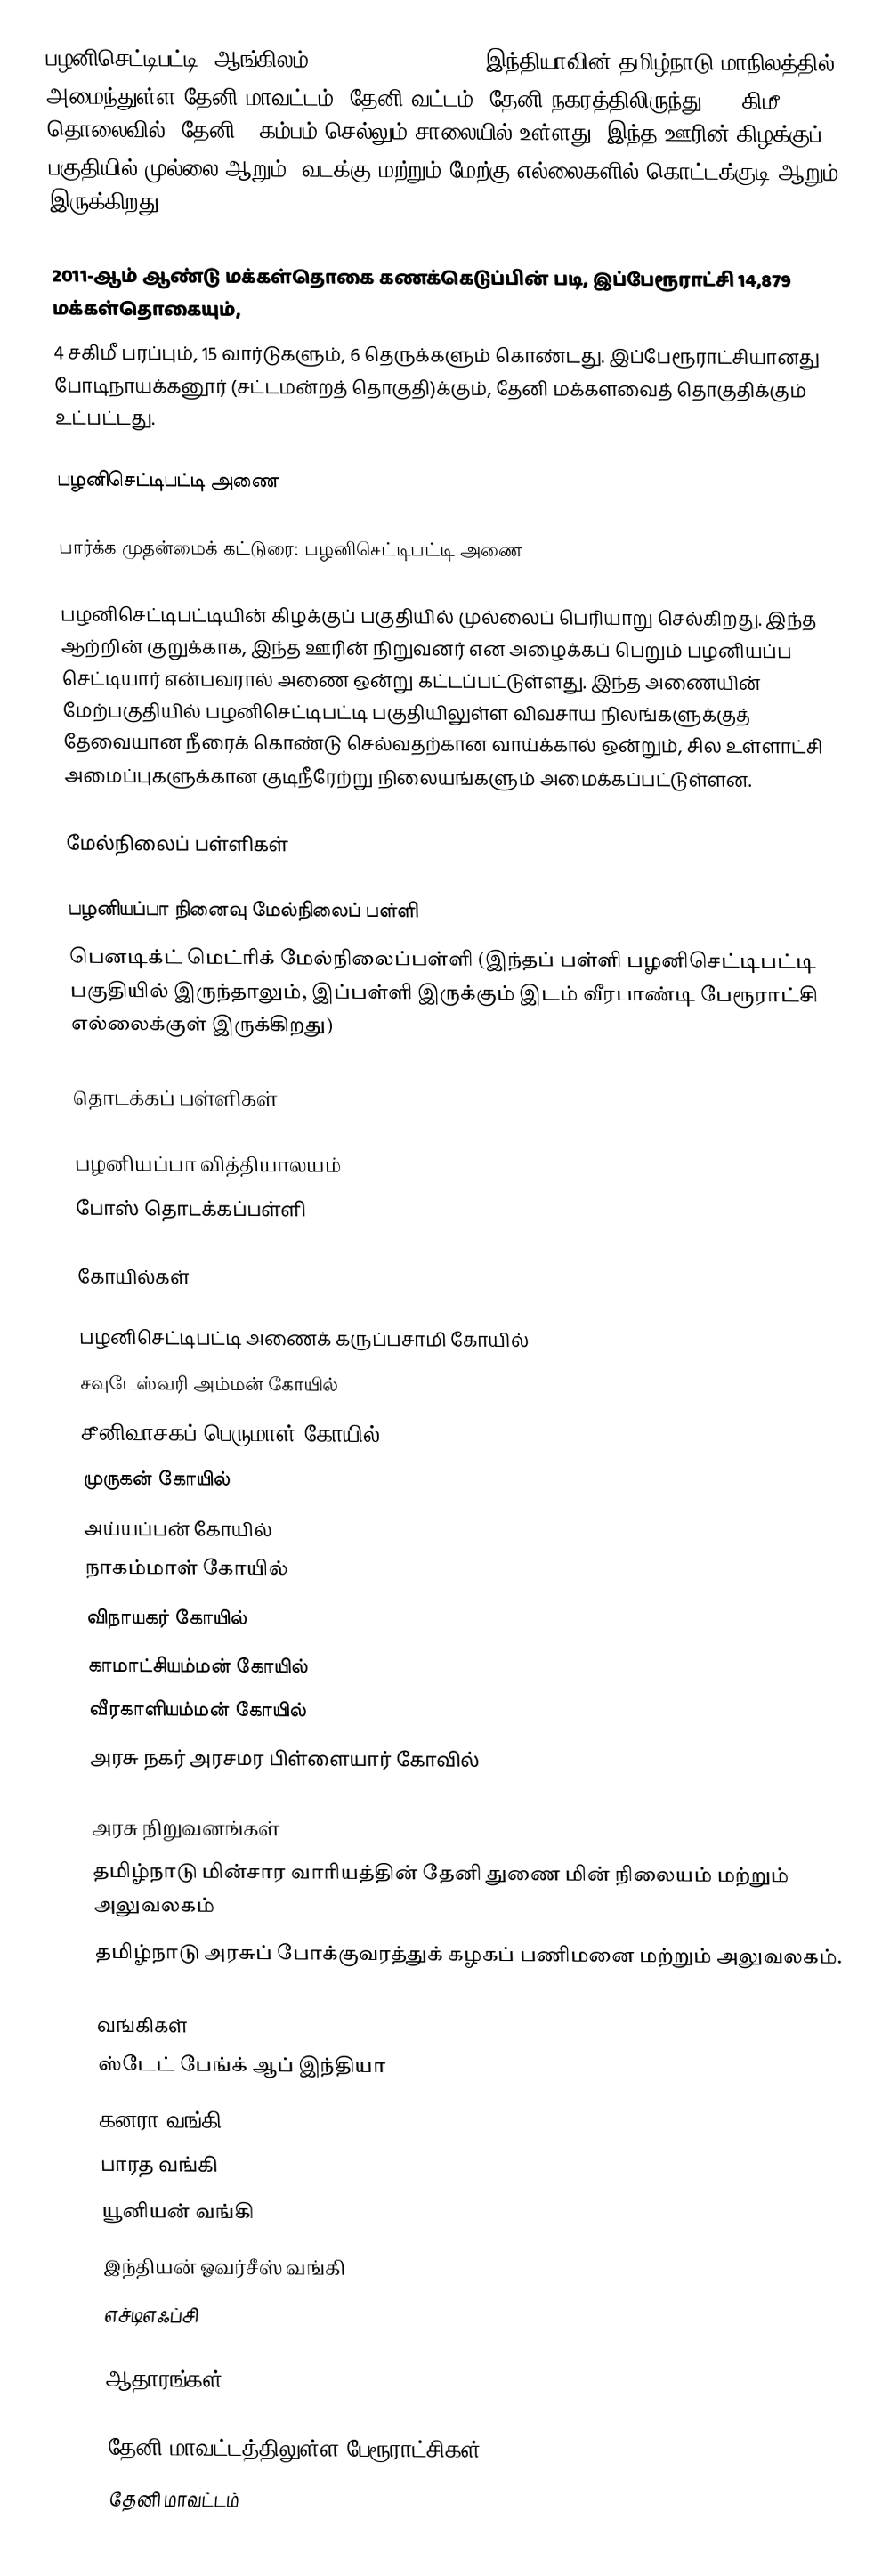
பழனிசெட்டிபட்டி (ஆங்கிலம்:Palani Chettipatti), இந்தியாவின் தமிழ்நாடு மாநிலத்தில் அமைந்துள்ள தேனி மாவட்டம், தேனி வட்டம், தேனி நகரத்திலிருந்து 4.5 கிமீ தொலைவில், தேனி - கம்பம் செல்லும் சாலையில் உள்ளது. இந்த ஊரின் கிழக்குப் பகுதியில் முல்லை ஆறும், வடக்கு மற்றும் மேற்கு எல்லைகளில் கொட்டக்குடி ஆறும் இருக்கிறது.

2011-ஆம் ஆண்டு மக்கள்தொகை கணக்கெடுப்பின்  படி,   இப்பேரூராட்சி  14,879  மக்கள்தொகையும்,
4 சகிமீ பரப்பும்,   15  வார்டுகளும், 6 தெருக்களும் கொண்டது. இப்பேரூராட்சியானது போடிநாயக்கனூர் (சட்டமன்றத் தொகுதி)க்கும், தேனி மக்களவைத் தொகுதிக்கும் உட்பட்டது.

பழனிசெட்டிபட்டி அணை

பார்க்க முதன்மைக் கட்டுரை: பழனிசெட்டிபட்டி அணை

பழனிசெட்டிபட்டியின் கிழக்குப் பகுதியில் முல்லைப் பெரியாறு செல்கிறது. இந்த ஆற்றின் குறுக்காக, இந்த ஊரின் நிறுவனர் என அழைக்கப் பெறும் பழனியப்ப செட்டியார்  என்பவரால் அணை ஒன்று கட்டப்பட்டுள்ளது. இந்த அணையின் மேற்பகுதியில் பழனிசெட்டிபட்டி பகுதியிலுள்ள விவசாய நிலங்களுக்குத் தேவையான நீரைக் கொண்டு செல்வதற்கான வாய்க்கால் ஒன்றும், சில உள்ளாட்சி அமைப்புகளுக்கான குடிநீரேற்று நிலையங்களும் அமைக்கப்பட்டுள்ளன.

மேல்நிலைப் பள்ளிகள்

 பழனியப்பா நினைவு மேல்நிலைப் பள்ளி
 பெனடிக்ட் மெட்ரிக் மேல்நிலைப்பள்ளி (இந்தப் பள்ளி பழனிசெட்டிபட்டி பகுதியில் இருந்தாலும், இப்பள்ளி இருக்கும் இடம் வீரபாண்டி பேரூராட்சி எல்லைக்குள் இருக்கிறது)

தொடக்கப் பள்ளிகள்

 பழனியப்பா வித்தியாலயம்
 போஸ் தொடக்கப்பள்ளி

கோயில்கள்

 பழனிசெட்டிபட்டி அணைக் கருப்பசாமி கோயில்
 சவுடேஸ்வரி அம்மன் கோயில்
 சீனிவாசகப் பெருமாள் கோயில்
 முருகன் கோயில்
 அய்யப்பன் கோயில்
 நாகம்மாள் கோயில்
 விநாயகர் கோயில்
 காமாட்சியம்மன் கோயில்
 வீரகாளியம்மன் கோயில்
 அரசு நகர் அரசமர பிள்ளையார் கோவில்

அரசு நிறுவனங்கள்
 தமிழ்நாடு மின்சார வாரியத்தின் தேனி துணை மின் நிலையம் மற்றும் அலுவலகம்
 தமிழ்நாடு அரசுப் போக்குவரத்துக் கழகப் பணிமனை மற்றும் அலுவலகம்.

வங்கிகள்
ஸ்டேட் பேங்க் ஆப் இந்தியா
கனரா வங்கி
 பாரத  வங்கி
 யூனியன் வங்கி
 இந்தியன் ஓவர்சீஸ் வங்கி
 எச்டிஎஃப்சி

ஆதாரங்கள்

தேனி மாவட்டத்திலுள்ள பேரூராட்சிகள்
தேனி மாவட்டம்